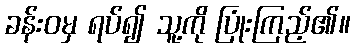
ခန်းဝမှ ရပ်၍ သူ့ကို ပြုံးကြည့်၏။